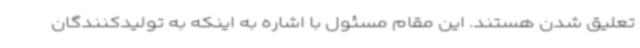
تعلیق شدن هستند. این مقام مسئول با اشاره به اینکه به تولیدکنندگان